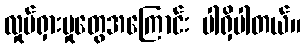
လှုပ်ရှားမှုတွေအကြောင်း ပါရှိပါတယ်။